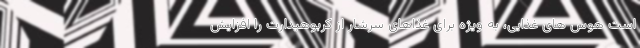
است هوس های غذایی، به ویژه برای غذاهای سرشار از کربوهیدارت را افزایش